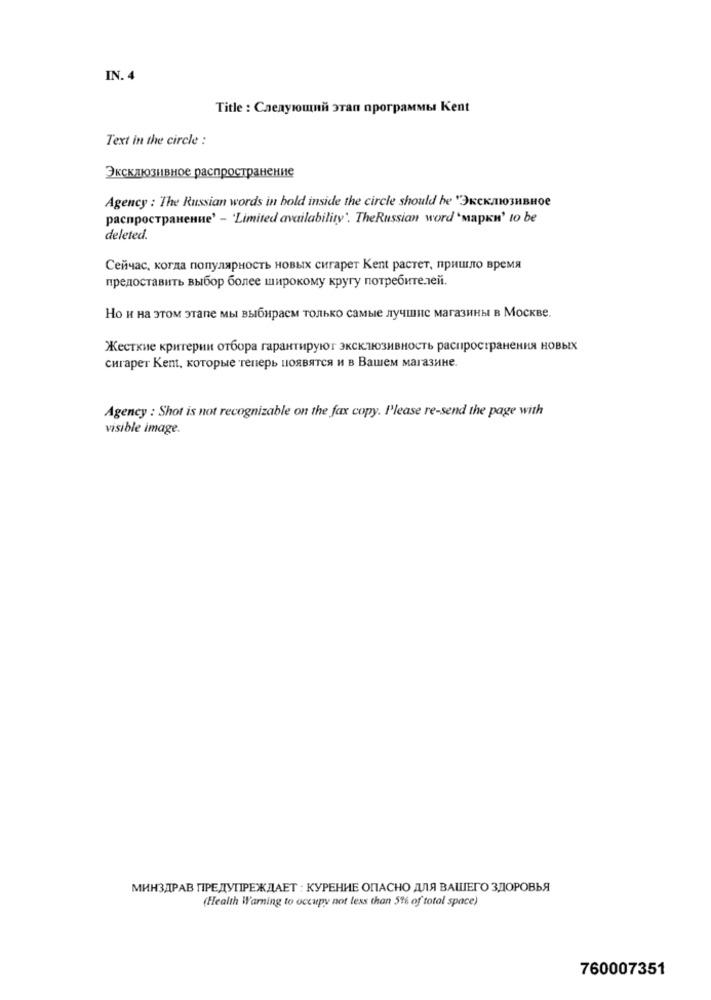
IN. 4
Title : Следующий этап программы Kent
Text in the circle :
Эксклюзивное распространение
Agency : The Russian words in bold inside the circle should be '3KCKMIO3HBHOe
pacnpocTpaHenne' - 'Limited availability'. TheRussian word 'mapku' to be
deleted.
Сейчас, когда популярность новых сигарет Kent растет, пришло время
предоставить выбор более широкому кругу потребителей.
Но и на этом этапе мы выбираем только самые лучшие магазины в Москве.
Жесткие критерии отбора гарантируют эксклюзивность распространения новых
сигарет Kent, которые теперь появятся и в Вашем магазине.
Agency : Shot is not recognizable on the fax copy. Please re-send the page with
visible image.
МИНЗДРАВ ПРЕДУПРЕЖДАЕТ : КУРЕНИЕ ОПАСНО ДЛЯ ВАШЕГО ЗДОРОВЬЯ
(Health Warning to occupy not less than 5% of total space)
760007351